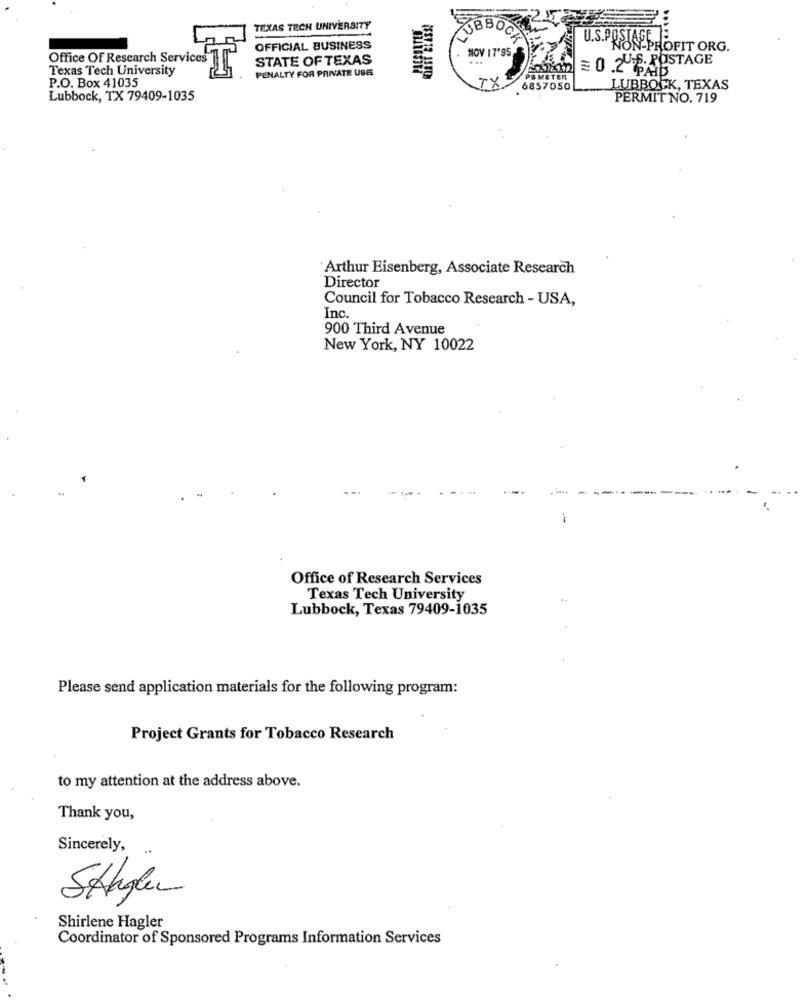
2.15
TEXAS TECH UNIVERSITY
USBBOOK
OFFICIAL BUSINESS
NOV 17'95
U.S.PRONEPROFIT ORG.
Office Of Research Services
STATE OF TEXAS
= 0 2U.S. POSTAGE
Texas Tech University
PENALTY FOR PRIVATE USE
PAID
P.O. Box 41035
TX
METER
6857050
LUBBOCK, TEXAS
Lubbock, TX 79409-1035
PERMIT NO. 719
Arthur Eisenberg, Associate Research
Director
Council for Tobacco Research - USA,
Inc.
900 Third Avenue
New York, NY 10022
Office of Research Services
Texas Tech University
Lubbock, Texas 79409-1035
Please send application materials for the following program:
Project Grants for Tobacco Research
to my attention at the address above.
Thank you,
Sincerely,
..
Stapler
Shirlene Hagler
Coordinator of Sponsored Programs Information Services